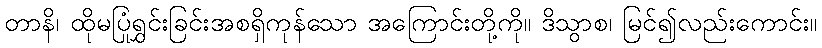
တာနိ၊ ထိုမပြုံရွှင်းခြင်းအစရှိကုန်သော အကြောင်းတို့ကို။ ဒိသွာစ၊ မြင်၍လည်းကောင်း။